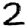
Digit: 2